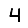
Digit: 4